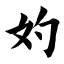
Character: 妁